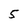
Character: 5